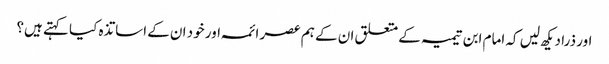
اور ذرا دیکھ لیں کہ امام ابن تیمیہ کے متعلق ان کے ہم عصر ائمہ اور خود ان کے اساتذہ کیا کہتے ہیں؟